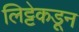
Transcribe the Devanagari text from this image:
लिट्टेकडून